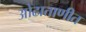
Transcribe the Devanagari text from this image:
ओढाताणीत